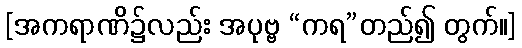
[အကရာဏိ၌လည်း အပုဗ္ဗ “ကရ”တည်၍ တွက်။]